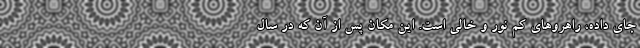
جای داده، راهروهای کم نور و خالی است. این مکان پس از آن که در سال